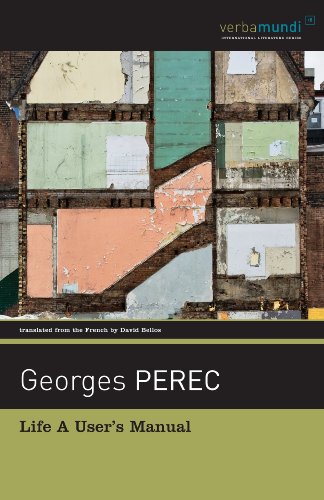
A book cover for Life: A User's Manual (Verba Mundi); Georges Perec; Literature & Fiction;